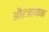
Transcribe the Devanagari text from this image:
औरजापान